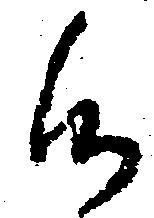
候